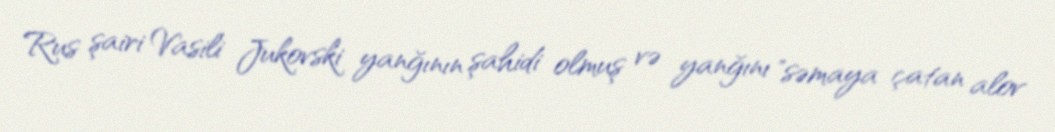
Rus şairi Vasili Jukovski yanğının şahidi olmuş və yanğını "səmaya çatan alov